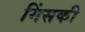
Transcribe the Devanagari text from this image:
मिंसकी